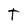
Character: T